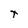
Character: t